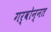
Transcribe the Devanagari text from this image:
गर्वोन्‍नत